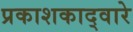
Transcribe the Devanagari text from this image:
प्रकाशकाद्वारे